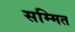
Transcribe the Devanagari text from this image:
सम्मित